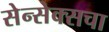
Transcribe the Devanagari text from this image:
सेन्सेक्सचा